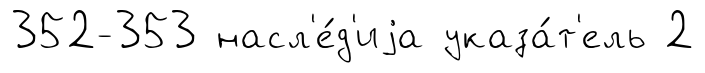
352-353 насл'е́д'иjа указа́т'ель 2